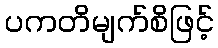
ပကတိမျက်စိဖြင့်